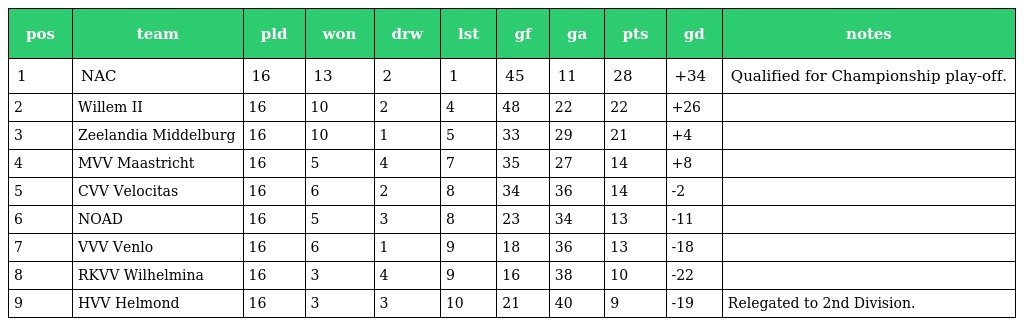
| pos | team | pld | won | drw | lst | gf | ga | pts | gd | notes |
 | --- | --- | --- | --- | --- | --- | --- | --- | --- | --- | --- |
 | 1 | NAC | 16 | 13 | 2 | 1 | 45 | 11 | 28 | +34 | Qualified for Championship play-off. |
 | 2 | Willem II | 16 | 10 | 2 | 4 | 48 | 22 | 22 | +26 |  |
 | 3 | Zeelandia Middelburg | 16 | 10 | 1 | 5 | 33 | 29 | 21 | +4 |  |
 | 4 | MVV Maastricht | 16 | 5 | 4 | 7 | 35 | 27 | 14 | +8 |  |
 | 5 | CVV Velocitas | 16 | 6 | 2 | 8 | 34 | 36 | 14 | -2 |  |
 | 6 | NOAD | 16 | 5 | 3 | 8 | 23 | 34 | 13 | -11 |  |
 | 7 | VVV Venlo | 16 | 6 | 1 | 9 | 18 | 36 | 13 | -18 |  |
 | 8 | RKVV Wilhelmina | 16 | 3 | 4 | 9 | 16 | 38 | 10 | -22 |  |
 | 9 | HVV Helmond | 16 | 3 | 3 | 10 | 21 | 40 | 9 | -19 | Relegated to 2nd Division. |